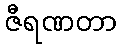
ဇီရဏတာ